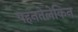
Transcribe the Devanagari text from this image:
पहनतेलेकिन